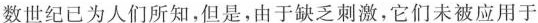
数世纪已为人们所知，但是，由于缺乏刺激，它们未被应用于